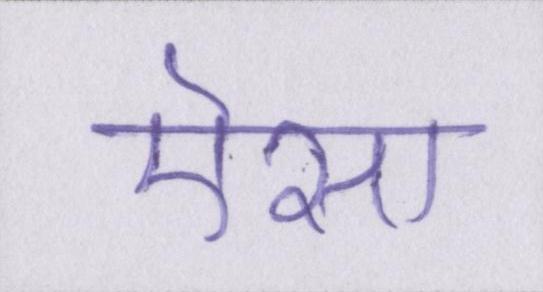
ऎसा